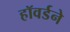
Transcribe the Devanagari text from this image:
हॉवर्डने